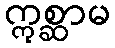
ဣစ္ဆာမ